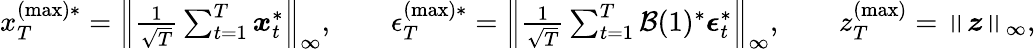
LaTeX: \begin{array}{r}{x_{T}^{(\operatorname*{max})*}=\left\lVert\frac{1}{\sqrt{T}}\sum_{t=1}^{T}\boldsymbol{x}_{t}^{*}\right\rVert_{\infty},\qquad\epsilon_{T}^{(\operatorname*{max})*}=\left\lVert\frac{1}{\sqrt{T}}\sum_{t=1}^{T}\mathcal{B}(1)^{*}\boldsymbol{\epsilon}_{t}^{*}\right\rVert_{\infty},\qquad z_{T}^{(\operatorname*{max})}=\left\lVert\boldsymbol{z}\right\rVert_{\infty},}\end{array}